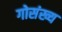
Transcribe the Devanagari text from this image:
गोसंख्य